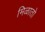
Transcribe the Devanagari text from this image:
मिळातो